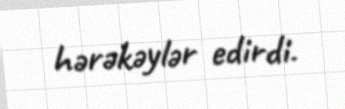
hərəkəylər edirdi.